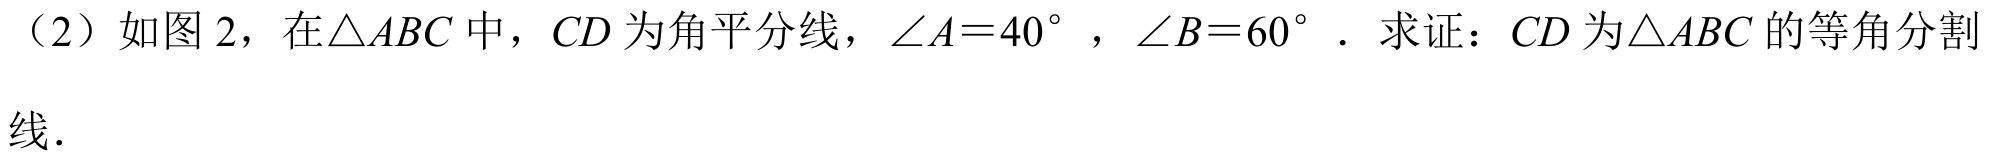
(2) 如图 2，在\(\triangle ABC\)中，\(CD\)为角平分线，\(\angle A = 40^{\circ}\)，\(\angle B = 60^{\circ}\). 求证：\(CD\)为\(\triangle ABC\)的等角分割线.